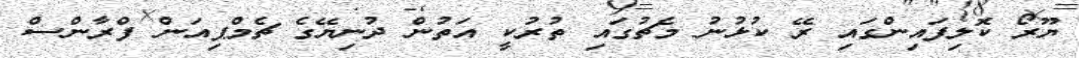
ޔޫރޯ ކޮލިފައިންގައި ރޭ ކުޅުނު މެޗުގައި ތުރުކީ އަތުން ދުނިޔޭގެ ޗެމްޕިއަން ފްރާންސް